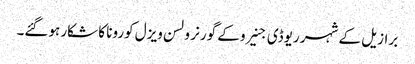
برازیل کے شہر ریوڈی جنیرو کے گورنر ولسن ویزل کورونا کا شکار ہوگئے۔